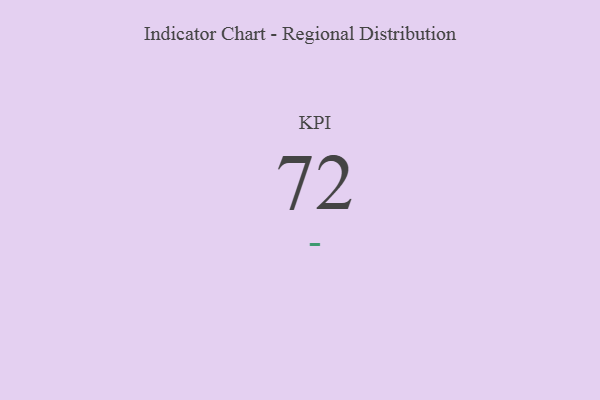
{"axis": {"x": "KPI", "y": "Value"}, "legend": [""], "data": [{"x": "KPI", "y": 72, "type": ""}]}